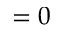
= 0